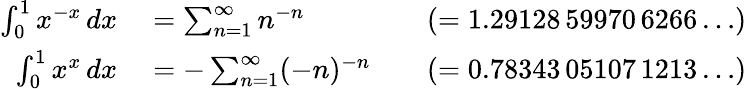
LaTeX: \begin{array}{rlrl}{\int_{0}^{1}x^{-x}\, dx}&{{}=\sum_{n=1}^{\infty}n^{-n}}&{}&{{}(=1.29128\, 59970\, 6266\dots)}\\ {\int_{0}^{1}x^{x}\, dx}&{{}=-\sum_{n=1}^{\infty}(-n)^{-n}}&{}&{{}(=0.78343\, 05107\, 1213\dots)}\end{array}